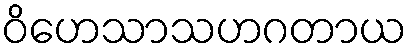
ဝိဟေသာသဟဂတာယ